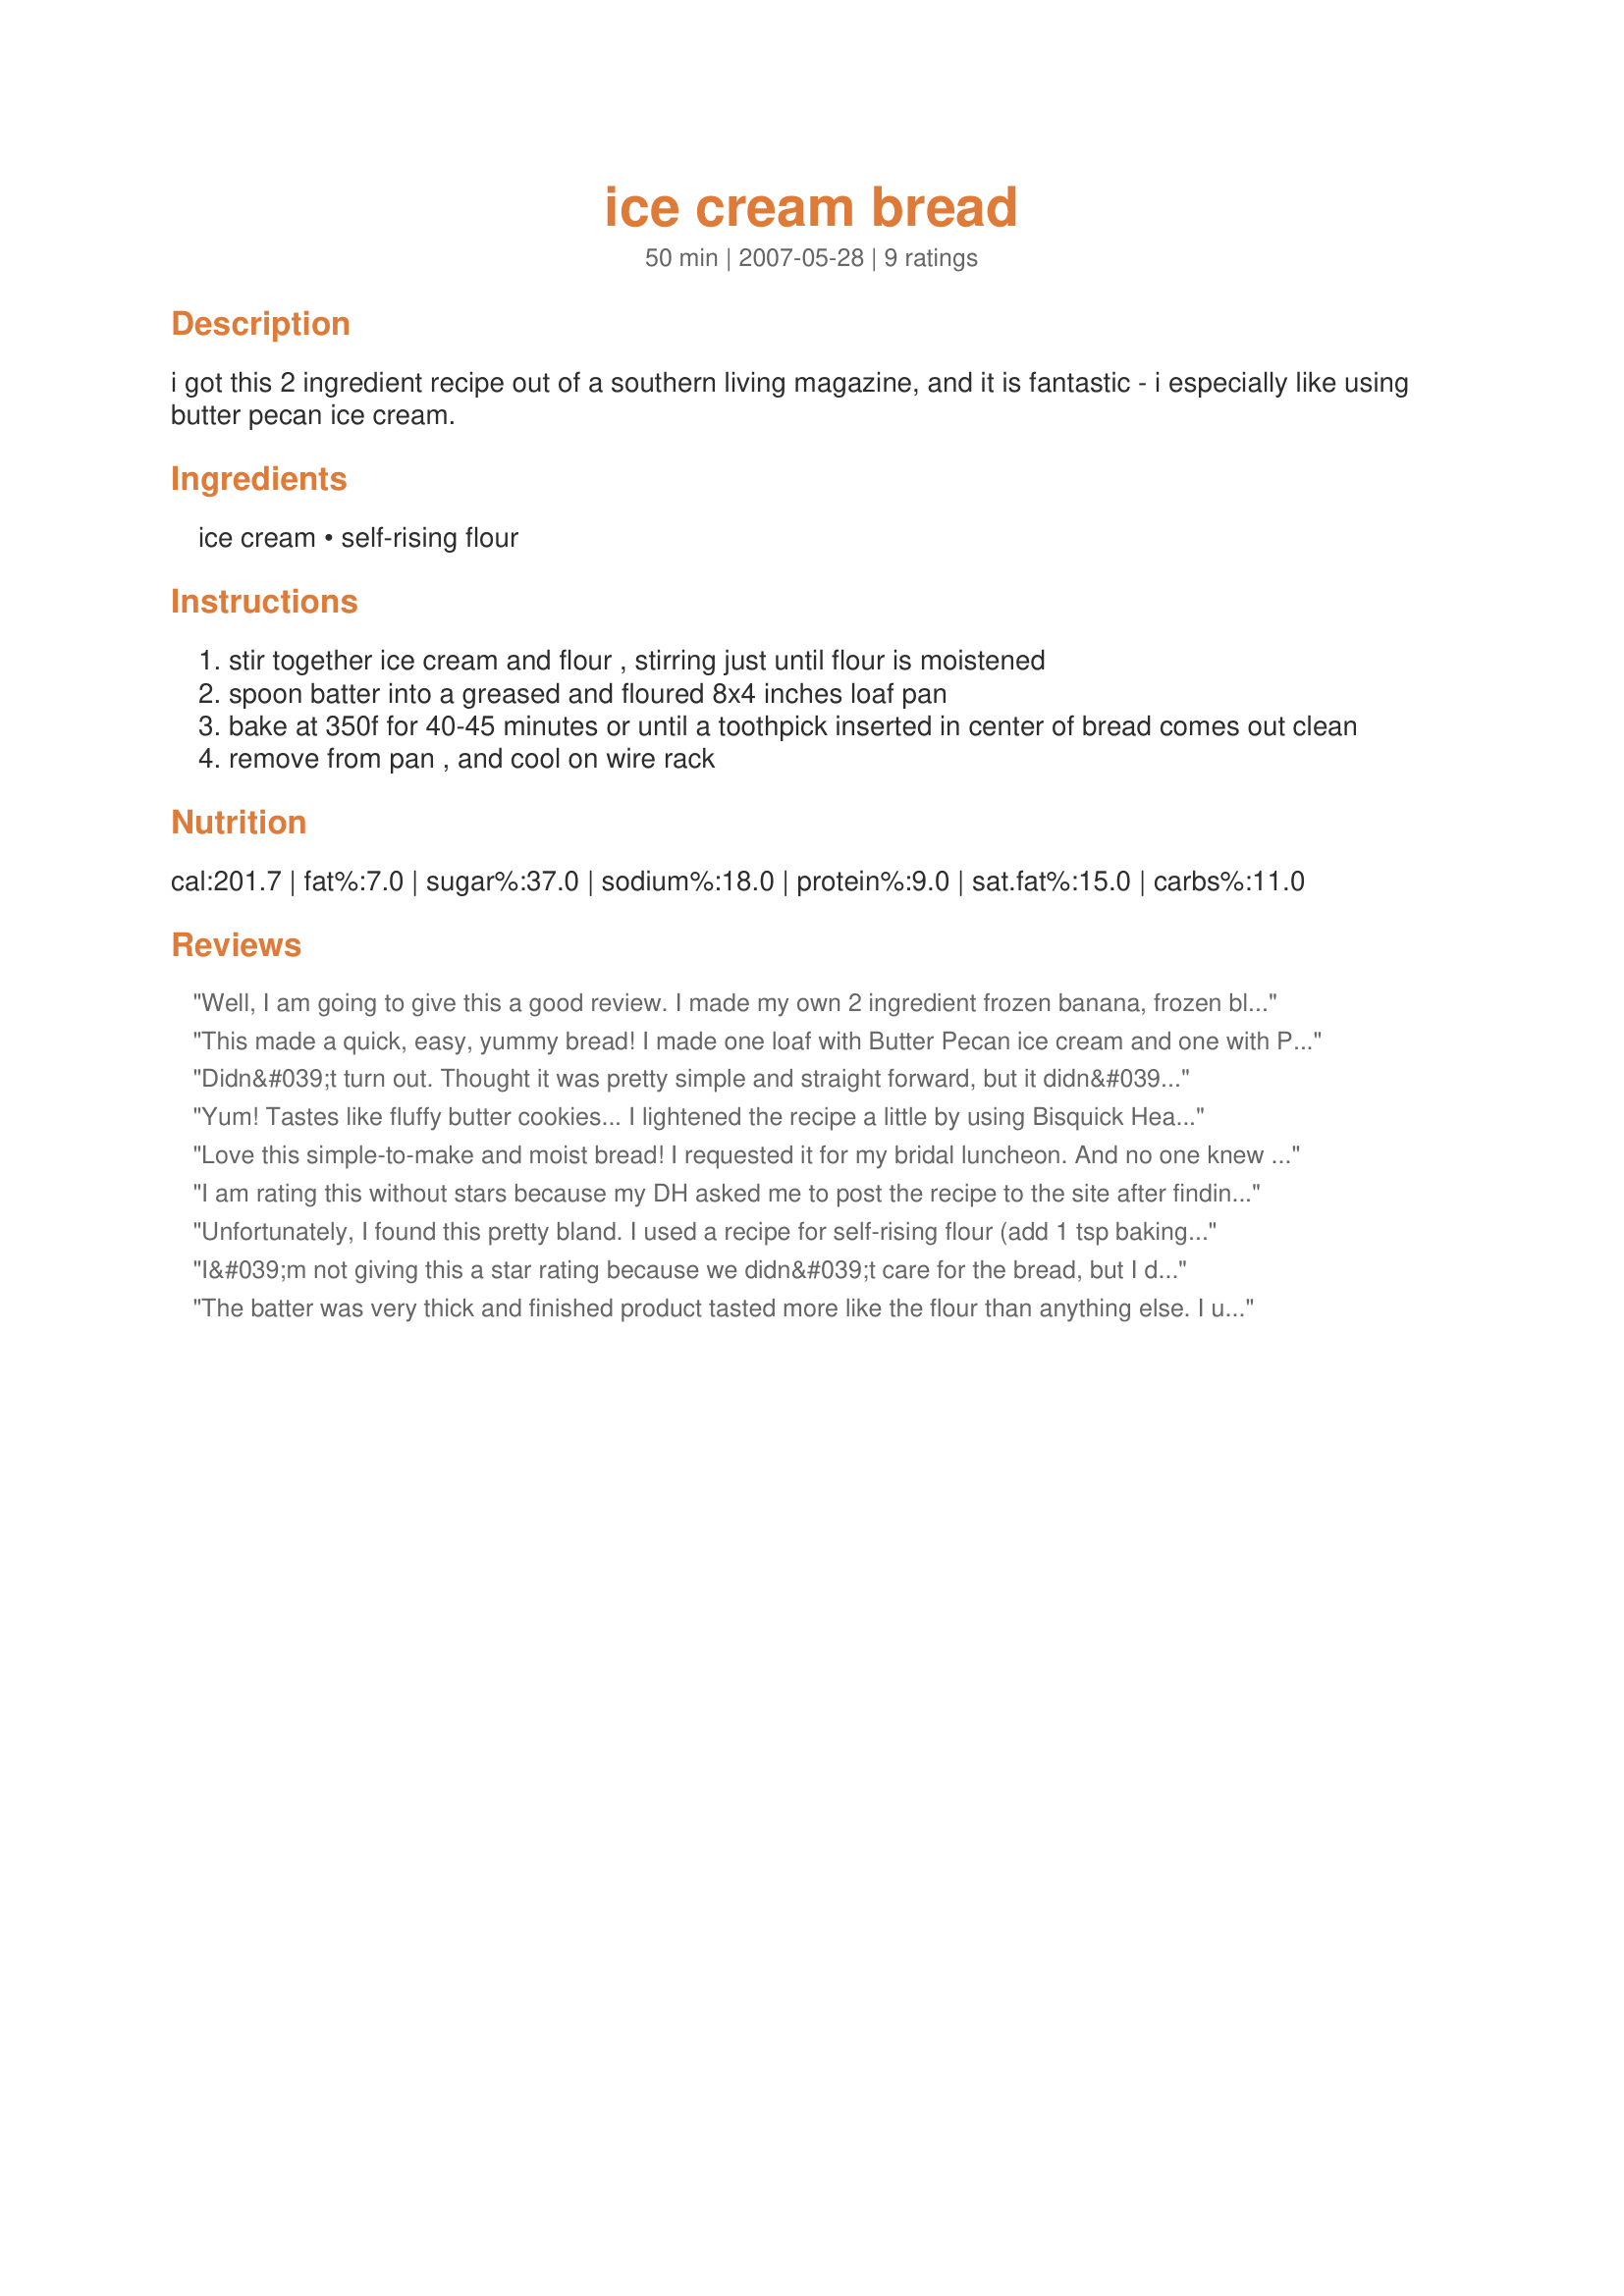
ice cream bread
Preparation time: 50 minutes

i got this 2 ingredient recipe out of a southern living magazine, and it is fantastic - i especially like using butter pecan ice cream.

Ingredients:
ice cream, self-rising flour

Steps:
stir together ice cream and flour , stirring just until flour is moistened
spoon batter into a greased and floured 8x4 inches loaf pan
bake at 350f for 40-45 minutes or until a toothpick inserted in center of bread comes out clean
remove from pan , and cool on wire rack

Reviews:
Well, I am going to give this a good review. I made my own 2 ingredient frozen banana, frozen blueberry ice cream, then softened it- then I used my own gluten free flour mix- 3/4 cup almond flour, 3/4 cup brown rice flour, 1 tsp xanthan gum, 2 tsps baking powder, 1/4 tsp salt, 1 tbsp sugar. mixed it up, up then baked in muffin tins as directed. Really good and a healthier version of the full fat ice cream.
This made a quick, easy, yummy bread! I made one loaf with Butter Pecan ice cream and one with Peaches and Cream ice cream - both were really good!
Didn&#039;t turn out. Thought it was pretty simple and straight forward, but it didn&#039;t rise AT ALL, and it was SO heavy. Won&#039;t be trying this one again.
Yum! Tastes like fluffy butter cookies... I lightened the recipe a little by using Bisquick Heart Smart &amp; churn style half the fat vanilla ice cream.
Love this simple-to-make and moist bread! I requested it for my bridal luncheon. And no one knew the secret to the delicious fancy "coffee cake"!
I am rating this without stars because my DH asked me to post the recipe to the site after finding it on a blog and well it sounded interesting but the person who posted did state that it was very important to use full fat/cream and full sugar ice cream NO LOW FAT NO SUGAR ICE CREAM and recommended experimenting with different flavours of ice cream.
Unfortunately, I found this pretty bland. I used a recipe for self-rising flour (add 1 tsp baking powder and 1/4 tsp salt for every 3/4 cup of flour) Breyer's Chocolate Hazelnut Gelato, and added a bit of almond extract. Tasted like a bland, vaguely ice-cream flavored loaf of bread. Kind of like a very basic bread made from Bisquick. I also needed to add about 1/4 cup of milk to make it a bread-like batter. I even spooned and levelled my flour, as you're supposed to do when baking (rather than just dipping the cup into the bag). Next time I would probably add a couple tablespoons of butter and sugar, and maybe a handful of chocolate chips. That being said, it is a pretty efficient way to use up a flavor of ice cream you don't really care for, as it just makes it taste like bland bread instead.
I&#039;m not giving this a star rating because we didn&#039;t care for the bread, but I don&#039;t think it&#039;s the fault of the recipe. However, I did want to write this review so others won&#039;t repeat what I did. My husband was dying for me to make this bread so I picked an ice cream I know he likes -- Moosetracks. In the end, that wasn&#039;t so great because all the ingredients in the ice cream blended together too much. I think it tasted more chocolatey than anything. It was okay once you put butter on it, but still not very appetizing. I will definitely try this again, but with a plainer ice cream like vanilla or butter pecan. I am posting a picture of mine to this recipe so you can see what it looked like.
The batter was very thick and finished product tasted more like the flour than anything else. I used caramel praline ice cream. I added some caramel syrup so I could stir the batter. Maybe some vanilla extract and butterscotch chip streusel would help. Decrease the amount of flour.
